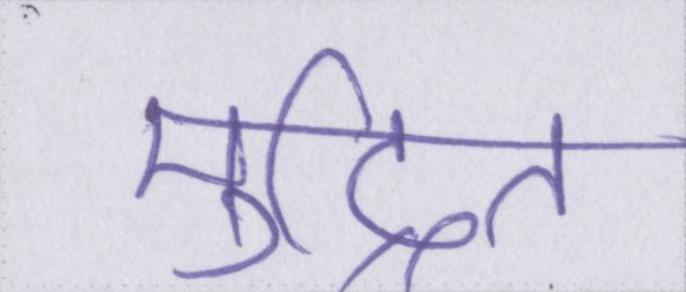
मुद्रित